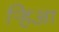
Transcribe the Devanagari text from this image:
र्‍हिआ